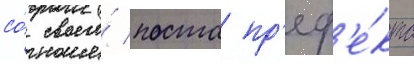
со́ своего́ поста пр'еф'е́кта